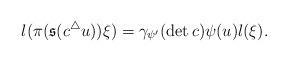
LaTeX: \begin{align*}l(\pi(\mathfrak{s}(c^{\triangle}u))\xi)=\gamma_{\psi'}(\det c)\psi(u)l(\xi).\end{align*}